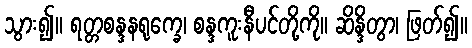
သွား၍။ ရတ္တစန္ဒနရုက္ခေ၊ စန္ဒကူးနီပင်တို့ကို။ ဆိန္ဒိတွာ၊ ဖြတ်၍။